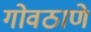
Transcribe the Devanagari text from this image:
गोवठाणे